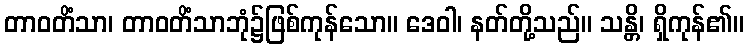
တာဝတိံသာ၊ တာဝတိံသာဘုံ၌ဖြစ်ကုန်သော။ ဒေဝါ၊ နတ်တို့သည်။ သန္တိ၊ ရှိကုန်၏။